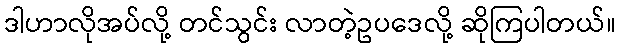
ဒါဟာလိုအပ်လို့ တင်သွင်း လာတဲ့ဥပဒေလို့ ဆိုကြပါတယ်။